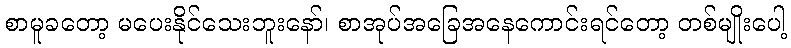
စာမူခတော့ မပေးနိုင်သေးဘူးနော်၊ စာအုပ်အခြေအနေကောင်းရင်တော့ တစ်မျိုးပေါ့